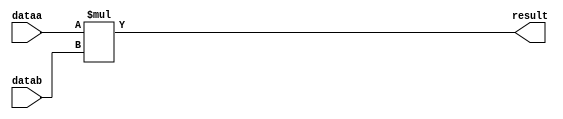
//lpm_mult CBX_DECLARE_ALL_CONNECTED_PORTS="OFF" DEVICE_FAMILY="Cyclone V" DSP_BLOCK_BALANCING="Auto" LPM_REPRESENTATION="SIGNED" LPM_WIDTHA=8 LPM_WIDTHB=8 LPM_WIDTHP=16 MAXIMIZE_SPEED=5 dataa datab result CARRY_CHAIN="MANUAL" CARRY_CHAIN_LENGTH=48
//VERSION_BEGIN 18.1 cbx_cycloneii 2018:09:12:13:04:24:SJ cbx_lpm_add_sub 2018:09:12:13:04:24:SJ cbx_lpm_mult 2018:09:12:13:04:24:SJ cbx_mgl 2018:09:12:13:10:36:SJ cbx_nadder 2018:09:12:13:04:24:SJ cbx_padd 2018:09:12:13:04:24:SJ cbx_stratix 2018:09:12:13:04:24:SJ cbx_stratixii 2018:09:12:13:04:24:SJ cbx_util_mgl 2018:09:12:13:04:24:SJ  VERSION_END
// synthesis VERILOG_INPUT_VERSION VERILOG_2001
// altera message_off 10463



// Copyright (C) 2018  Intel Corporation. All rights reserved.
//  Your use of Intel Corporation's design tools, logic functions 
//  and other software and tools, and its AMPP partner logic 
//  functions, and any output files from any of the foregoing 
//  (including device programming or simulation files), and any 
//  associated documentation or information are expressly subject 
//  to the terms and conditions of the Intel Program License 
//  Subscription Agreement, the Intel Quartus Prime License Agreement,
//  the Intel FPGA IP License Agreement, or other applicable license
//  agreement, including, without limitation, that your use is for
//  the sole purpose of programming logic devices manufactured by
//  Intel and sold by Intel or its authorized distributors.  Please
//  refer to the applicable agreement for further details.



//synthesis_resources = 
//synopsys translate_off
`timescale 1 ps / 1 ps
//synopsys translate_on
module  mult_bum
	( 
	dataa,
	datab,
	result) /* synthesis synthesis_clearbox=1 */;
	input   [7:0]  dataa;
	input   [7:0]  datab;
	output   [15:0]  result;

	wire signed	[7:0]    dataa_wire;
	wire signed	[7:0]    datab_wire;
	wire signed	[15:0]    result_wire;



	assign dataa_wire = dataa;
	assign datab_wire = datab;
	assign result_wire = dataa_wire * datab_wire;
	assign result = ({result_wire[15:0]});

endmodule //mult_bum
//VALID FILE